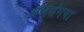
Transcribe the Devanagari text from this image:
सॅमसंगचा